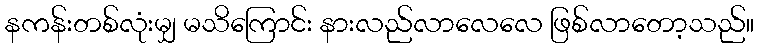
နကန်းတစ်လုံးမျှ မသိကြောင်း နားလည်လာလေလေ ဖြစ်လာတော့သည်။